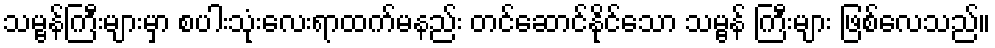
သမ္ဗန်ကြီးများမှာ စပါးသုံးလေးရာထက်မနည်း တင်ဆောင်နိုင်သော သမ္ဗန် ကြီးများ ဖြစ်လေသည်။